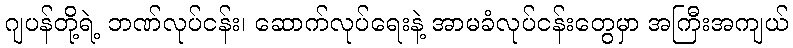
ဂျပန်တို့ရဲ့ ဘဏ်လုပ်ငန်း၊ ဆောက်လုပ်ရေးနဲ့ အာမခံလုပ်ငန်းတွေမှာ အကြီးအကျယ်